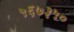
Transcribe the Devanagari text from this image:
५६७३५०